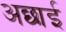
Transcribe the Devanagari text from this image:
अछाई